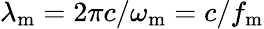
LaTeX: \lambda_{\mathrm{m}}=2\pi c/\omega_{\mathrm{m}}=c/f_{\mathrm{m}}